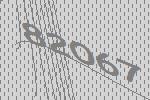
82067